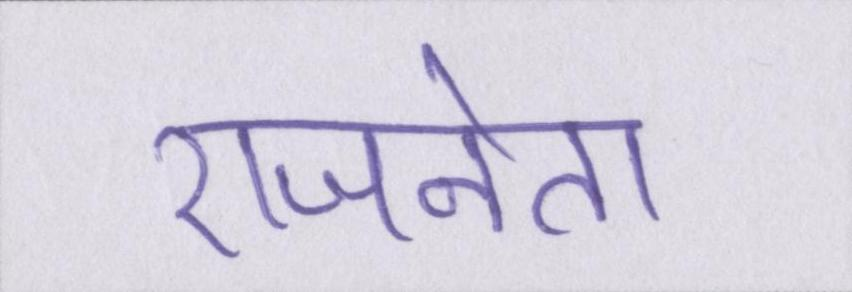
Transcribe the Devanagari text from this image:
राजनेता